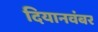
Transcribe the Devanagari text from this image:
दियानवंबर